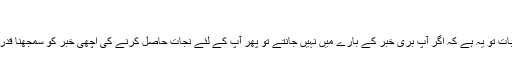
پھر برُی خبر
سب سے پہلی بات تو یہ ہے کہ اگر آپ برُی خبر کے بارے میں نہیں جانتے تو پھر آپ کے لئے نجات حاصل کرنے کی اچھی خبر کو سمجھنا قدرے مشکل ہوگا۔